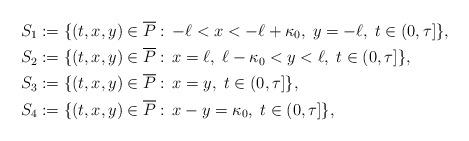
LaTeX: \begin{align*}S_1& :=\{(t,x,y)\in\overline{P}:\,-\ell< x < -\ell+\kappa_0, \; y=-\ell, \; t\in (0,\tau]\},\\S_2& :=\{(t,x,y)\in\overline{P}:\,x=\ell, \; \ell-\kappa_0 < y<\ell, \; t\in (0,\tau]\},\\S_3& :=\{(t,x,y)\in\overline{P}:\,x=y, \; t\in (0,\tau]\},\\S_4& :=\{(t,x,y)\in\overline{P}:\,x-y=\kappa_0, \; t\in (0,\tau]\},\end{align*}